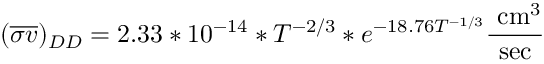
( { \overline { { \sigma v } } } ) _ { D D } = 2 . 3 3 * 1 0 ^ { - 1 4 } * T ^ { - 2 / 3 } * e ^ { - 1 8 . 7 6 T ^ { - 1 / 3 } } { \frac { { \mathrm { ~ c m } } ^ { 3 } } { \mathrm { s e c } } }